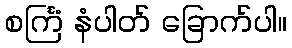
စင်္ကြံ နံပါတ် ခြောက်ပါ။